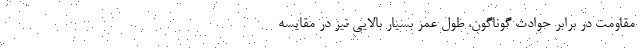
مقاومت در برابر حوادث گوناگون، طول عمر بسیار بالایی نیز در مقایسه